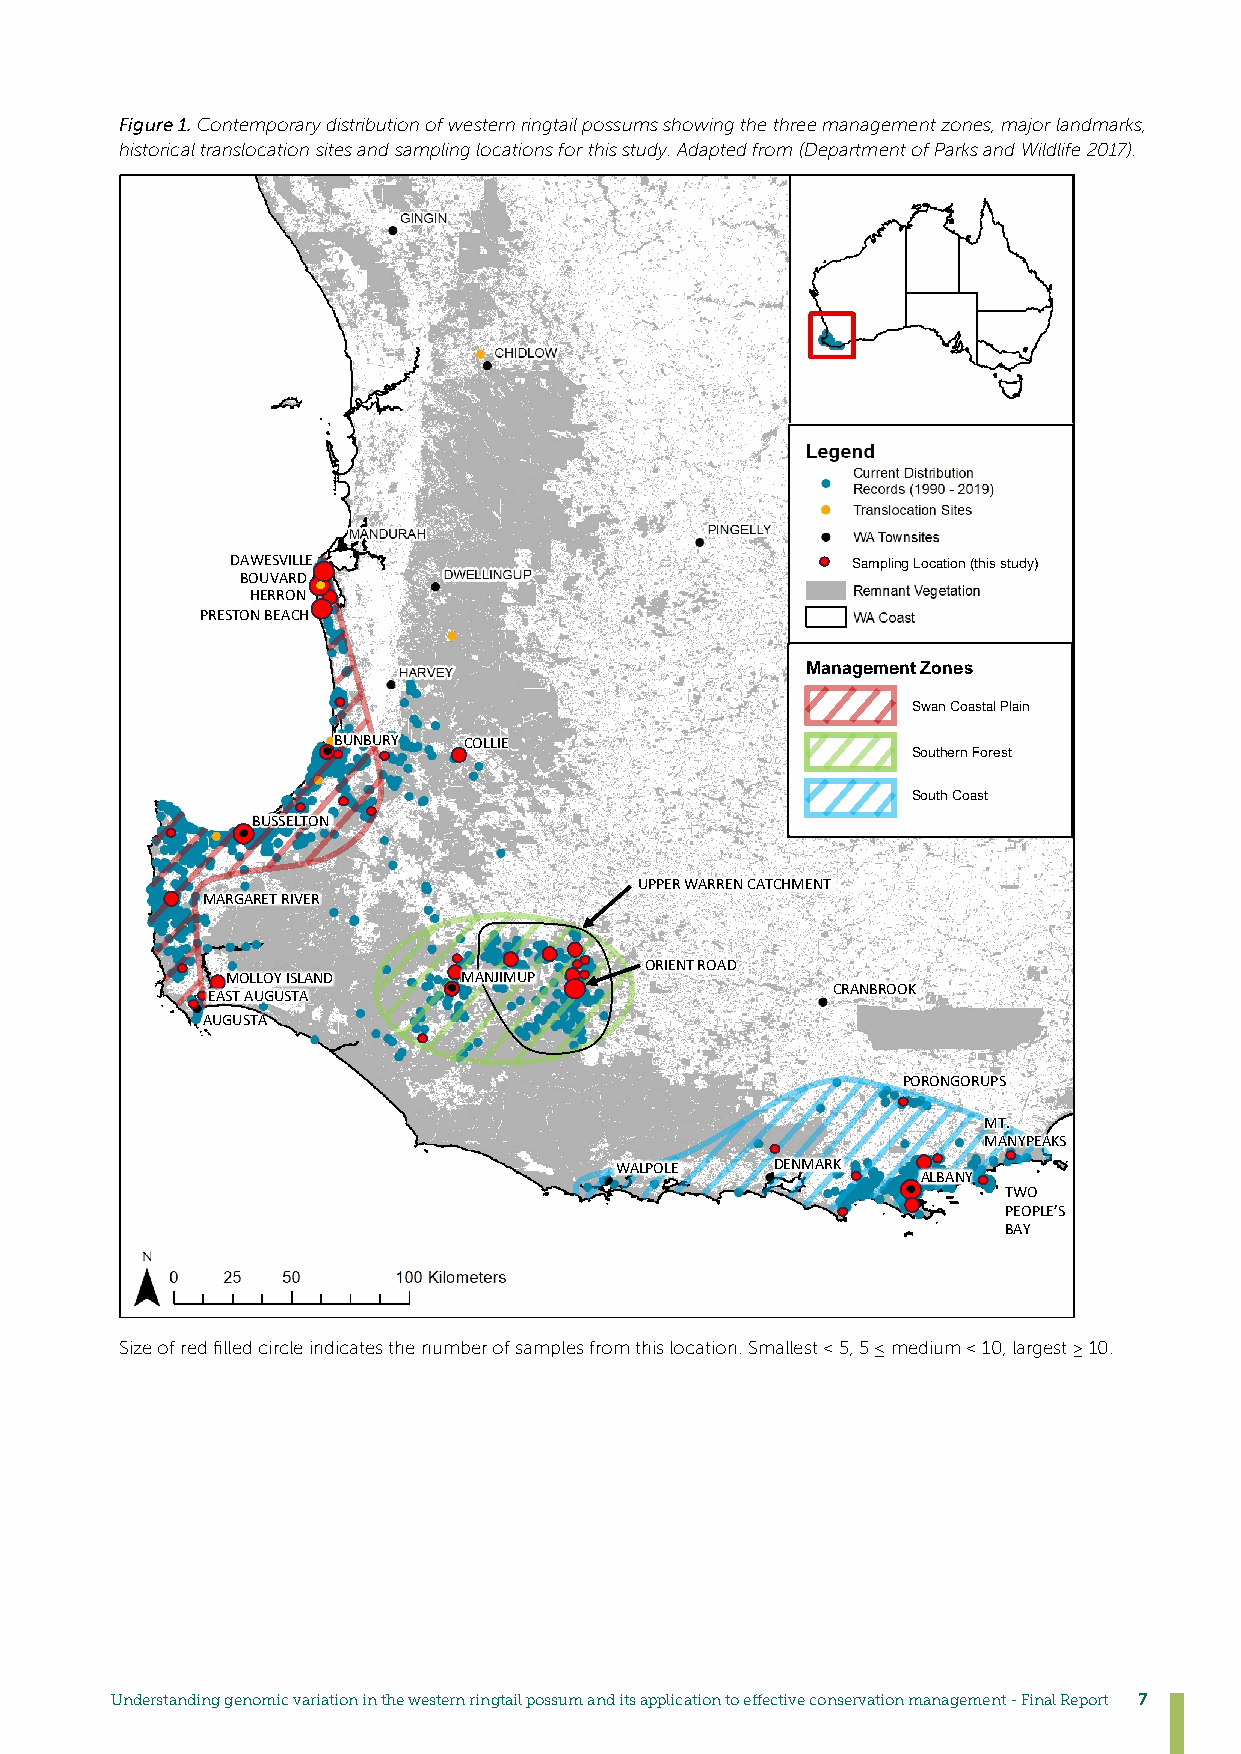
Figure 1. Contemporary distribution of western ringtail possums showing the three management zones, major landmarks,
 historical translocation sites and sampling locations for this study. Adapted from (Department of Parks and Wildlife 2017).
 DAWESVILLE                               Sampling Location (this study)
 BOUVARD
 HERRON
 PRESTON BEACH
 Management Zones
 Swan Coastal Plain
 BUNBURY  COLLIE
 Southern Forest
 South Coast
 BUSSELTON
 UPPER WARREN CATCHMENT
 MARGARET RIVER
 ORIENT ROAD
 MOLLOY ISLAND   MANJIMUP
 CRANBROOK
 EAST AUGUSTA
 AUGUSTA
 PORONGORUPS
 MT.
 MANYPEAKS
 WALPOLE   DENMARK
 ALBANY
 TWO
 PEOPLE’S
 BAY
 Size of red filled circle indicates the number of samples from this location. Smallest < 5, 5 ≤ medium < 10, largest ≥ 10.
 Understanding genomic variation in the western ringtail possum and its application to effective conservation management - Final Report 7